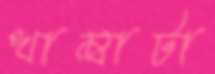
খাম্বাটা